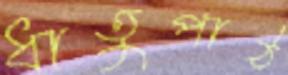
ধাতুপাঠ